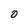
Character: O